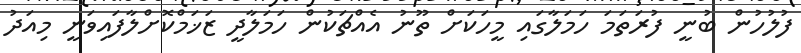
ފުލުހުން ބުނީ ފުރަތަމަ ހަމަލާގައި މީހަކަށް ތޫނު އެއްޗަކުން ހަމަލާދީ ޒަޚަމްކޮށްލާފައިވަނީ މިއަދު